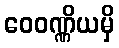
ဝေဝဏ္ဏိယမှိ